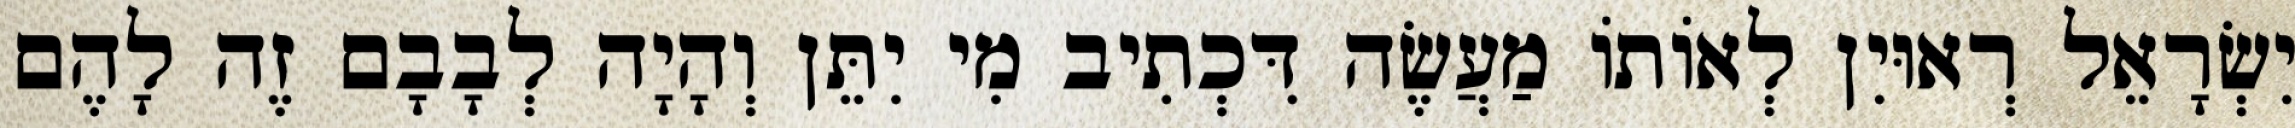
יִשְׂרָאֵל רְאוּיִן לְאוֹתוֹ מַעֲשֶׂה דִּכְתִיב מִי יִתֵּן וְהָיָה לְבָבָם זֶה לָהֶם